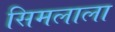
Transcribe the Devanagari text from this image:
सिमलाला